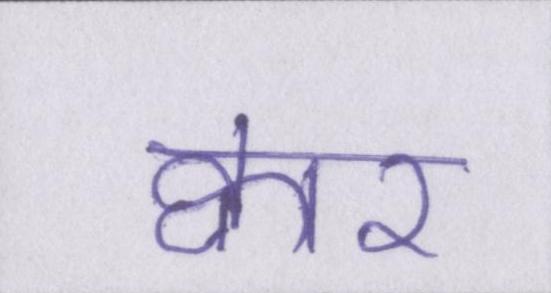
क्वार